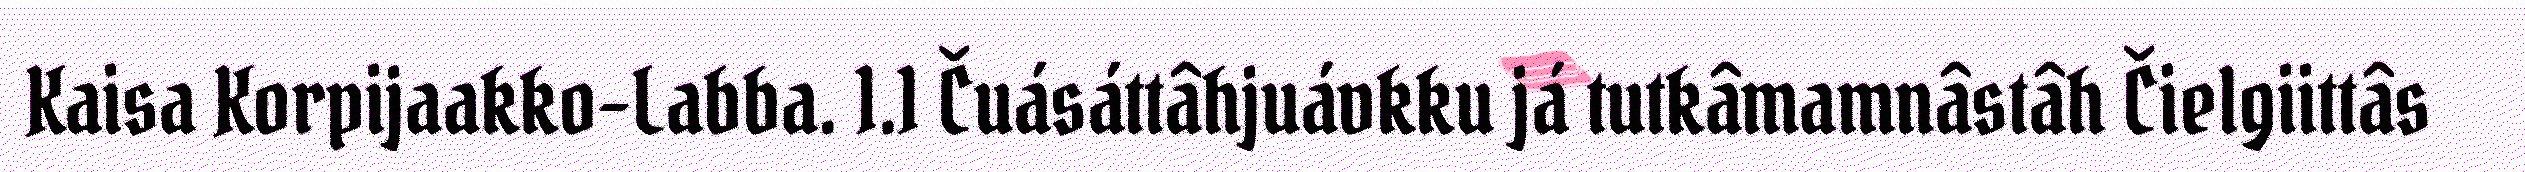
Kaisa Korpijaakko-Labba. 1.1 Čuásáttâhjuávkku já tutkâmamnâstâh Čielgiittâs